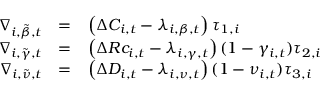
\begin{array} { r c l } { \nabla _ { i , \tilde { \beta } , t } } & { = } & { \left( \Delta C _ { i , t } - \lambda _ { i , \beta , t } \right) \tau _ { 1 , i } } \\ { \nabla _ { i , \tilde { \gamma } , t } } & { = } & { \left( \Delta R c _ { i , t } - \lambda _ { i , \gamma , t } \right) ( 1 - \gamma _ { i , t } ) \tau _ { 2 , i } } \\ { \nabla _ { i , \tilde { \nu } , t } } & { = } & { \left( \Delta D _ { i , t } - \lambda _ { i , \nu , t } \right) ( 1 - \nu _ { i , t } ) \tau _ { 3 , i } } \end{array}